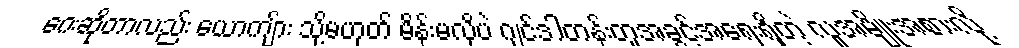
ဂေးဆိုတာလည်း ယောကျ်ား သို့မဟုတ် မိန်းမလိုပဲ ဂျင်ဒါတန်းတူအခွင့်အရေးရှိတဲ့ လူအမျိုးအစားလို့